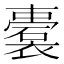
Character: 𲁃